Scottish Leaving Certificate Examination, 1960
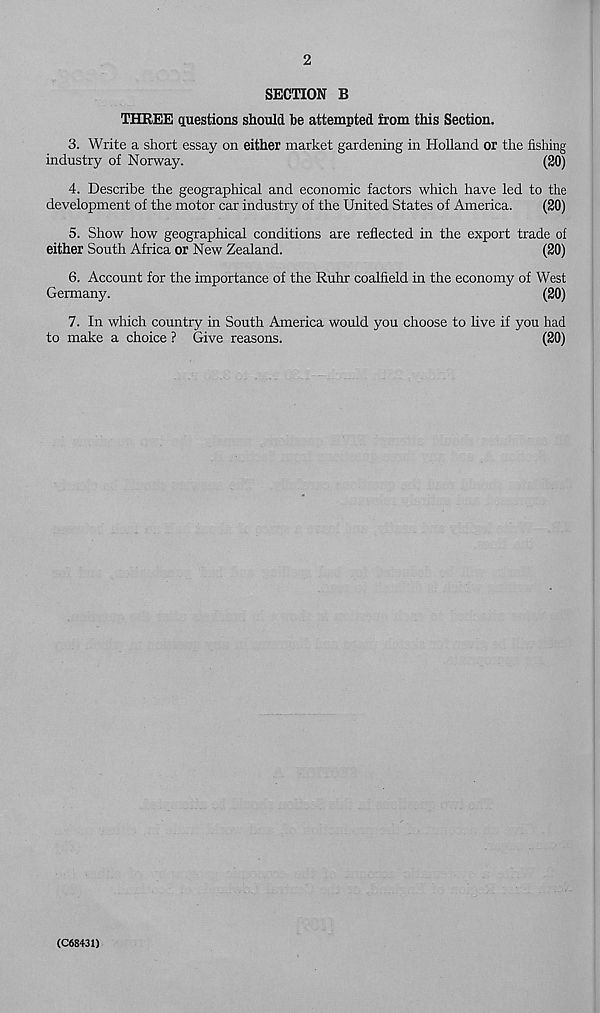
2
SECTION B
THREE questions should be attempted from this Section.
3. Write a short essay on either market gardening in Holland or the fishing
industry of Norway.
(20)
4. Describe the geographical and economic factors which have led to the
development of the motor car industry of the United States of America.
(20)
5. Show how geographical conditions are reflected in the export trade of
either South Africa or New Zealand.
(20)
6. Account for the importance of the Ruhr coalfield in the economy of West
Germany.
(20)
7. In which country in South America would you choose to live if you had
to make a choice ? Give reasons.
(20)
(C68431)